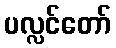
ပလ္လင်တော်